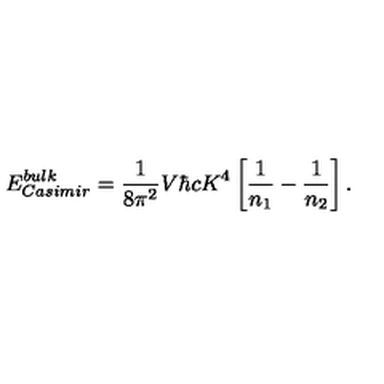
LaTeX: E _ { \small C a s i m i r } ^ { \small b u l k } = { \frac { 1 } { 8 \pi ^ { 2 } } } V \hbar c K ^ { 4 } \left[ { \frac { 1 } { n _ { 1 } } } - { \frac { 1 } { n _ { 2 } } } \right] .